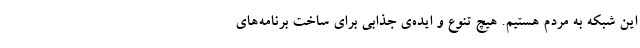
این شبکه به مردم هستیم. هیچ تنوع و ایده‌ی جذابی برای ساخت برنامه‌های